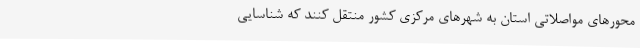
محورهای مواصلاتی استان به شهرهای مرکزی کشور منتقل کنند که شناسایی